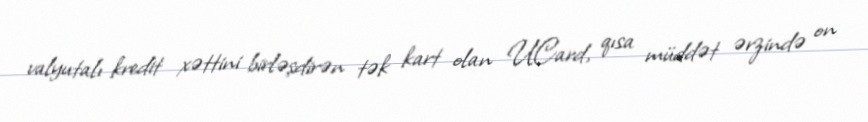
valyutalı kredit xəttini birləşdirən tək kart olan UCard, qısa müddət ərzində on